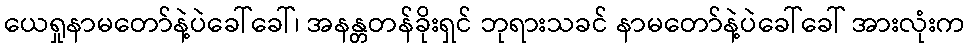
ယေရှုနာမတော်နဲ့ပဲခေါ်ခေါ်၊ အနန္တတန်ခိုးရှင် ဘုရားသခင် နာမတော်နဲ့ပဲခေါ်ခေါ် အားလုံးက